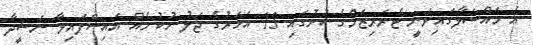
އެ މައްސަލާގައިވަނީ ޓެރަރިޒަމްގެ ކުށުގައި 13 އަހަރުގެ ޖަލު ހުކުމެއް އައިސްފައިވާ ނަޝީދާ